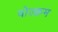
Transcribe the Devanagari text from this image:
वोल्फ़्रम